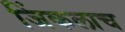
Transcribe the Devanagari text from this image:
जिंकलाच